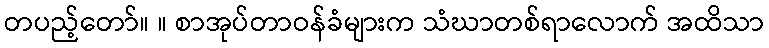
တပည့်တော်။ ။ စာအုပ်တာဝန်ခံများက သံဃာတစ်ရာလောက် အထိသာ